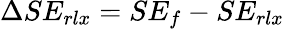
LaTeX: \Delta SE_{rlx}=SE_{f}-SE_{rlx}